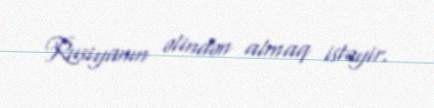
Rusiyanın əlindən almaq istəyir.